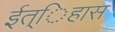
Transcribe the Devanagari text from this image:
ईत्िहास